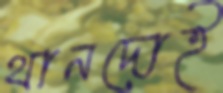
থানদোই